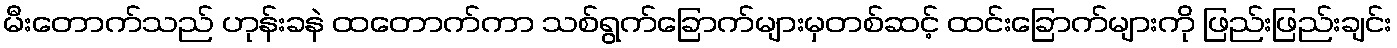
မီးတောက်သည် ဟုန်းခနဲ ထတောက်ကာ သစ်ရွက်ခြောက်များမှတစ်ဆင့် ထင်းခြောက်များကို ဖြည်းဖြည်းချင်း